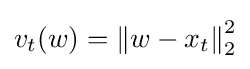
v_{t}(w)=\left\|w-x_{t}\right\|_{2}^{2}